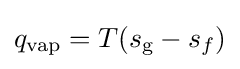
q_{\rm {vap}}=T(s_{\text{g}}-s_{f})